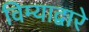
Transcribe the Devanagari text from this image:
विम्याद्वारे